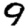
Digit: 9